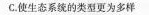
C.使生态系统的类型更为多样